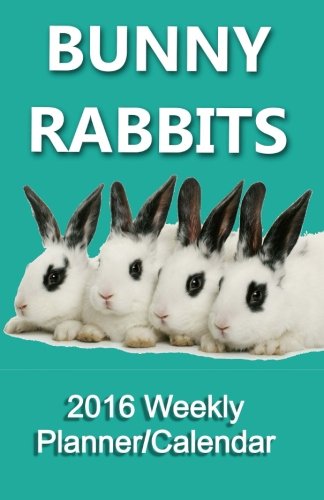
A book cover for Bunny Rabbits 2016 Weekly Calendar/Planner (Animal Calendar/Planners 2016) (Volume 2); Felicity Walker; Crafts, Hobbies & Home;